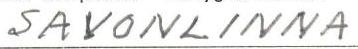
SAVONLINNA